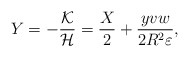
\begin{align*}Y=-\frac{\cal K}{\cal H}=\frac{X}{2}+\frac{yvw}{2R^2\varepsilon},\end{align*}